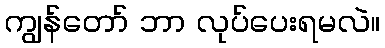
ကျွန်တော် ဘာ လုပ်ပေးရမလဲ။